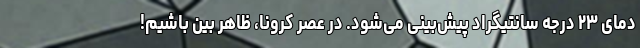
دمای ۲۳ درجه سانتیگراد پیش‌بینی می‌شود. در عصر کرونا، ظاهر بین باشیم!